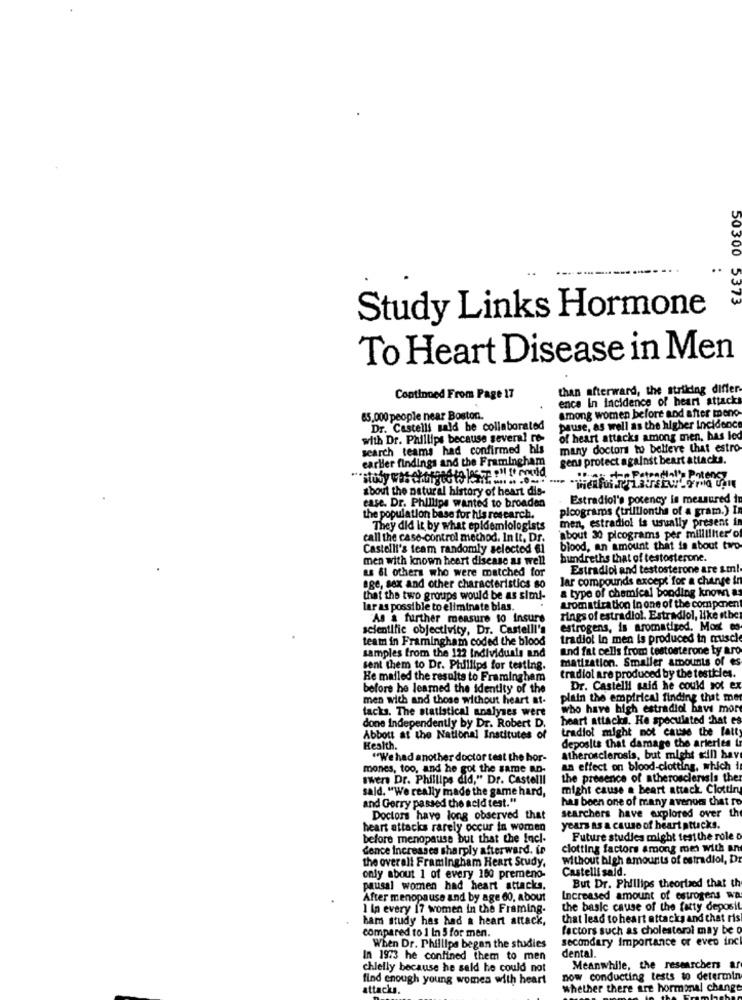
50300 5373
Study Links Hormone
To Heart Disease in Men
than afterward, the striking differ
Continued From Page 17
ence In incidence of heart attack
Among women before and after meno-
65,000 people near Boston.
Dr. Castelli said he collaborated
pause, as well as the higher Incidence
with Dr. Phillips because several re-
of heart attacks among men, has led
search teams had confirmed bils
many doctors to believe that estro-
earlier findings and the Framingham
gens protect against beart attacks.
Poten
about the natural history of heart dis-
ease. Dr. Phillips wanted to broaden
Estradiol's potency is measured
ploograms (trillionths of a gram.) I
the population base for his research.
men, estradiol is usually present in
They did it by what epidemiologists
call the case-control method. In It, Dr.
about 30 picograms per milliliter of
Castelli's team randomly selected 6]
blood, an amount that is about two
men with known heart disease as well
bundreths that of testosterone.
as 61 others who were matched for
Estradiol and testosterone are sml
age, sex and other characteristics so
lar compounds except for a change in
& type of chemical bonding known as
that the two groups would be as simi-
aromatiration in one of the component
lar as possible to eliminate blas.
As a further measure to Insure
rings of estradiol. Estradiol, like other
scientific objectivity, Dr. Castelli's
estrogens, is aromatiged, Most es
team in Framingham coded the blood
tradiol In men is produced in muscle
samples from the 122 Individuals and
and fat cells from testosterone ty aro
matization. Smaller amounts of es
sent them to Dr. Phillips for testing.
He mailed the results to Framingham
tradiol are produced by the testicles.
before he learned the identity of the
Dr. Castelli said he could sot ex
men with and those without heart at-
plain the empirical finding that mer
tacks. The statistical analyses were
who have high estradiol have more
heart attacks. He speculated Chat es
done independently by Dr. Robert D.
tradiol might not cause the fatty
Abbott at the National Institutes of
Health.
deposits that damage the arteries L
"We had another doctor test the hor-
atherosclerosis, but mieht will have
mones, too, and he got the same no-
an effect on blood-clotting, which i
swers Dr. Phillips did," Dr. Castelli
the presence of atherosclerisla ther
sald. "We really made the game hard,
might cause a heart attack Clotting
and Gerry passed the acid test."
has been one of many avenom that ro
Doctors have long observed that
searchers have explored over the
heart attacks rarely occur in women
years as a cause of heart attacks.
before menopause but that the Incl.
Future studies might test the role o
Cence Increases sharply afterward. in
clotting factors among men with an
the overall Framingham Heart Study.
without high amounts of estradiol, D
Castelli said.
only about 1 of every 160 premeno-
But Dr. Phillips theorized that th
pausal women had heart attacks.
After menopause and by age 60, about
Increased amount of estrogens wa
1 In every 17 women in the Framing.
the basic cause of the fatty deposit
ham study has had a heart attack,
that lead to heart attacks and that ris
compared to 1 In 5 for men.
factors such as cholesterol may be o
secondary Importance or even inc
When Dr. Phillips began the studies
dental.
In 1973 he confined them to men
chlelly because he said he could not
Meanwhile, the researchers ar
find enough young womes with heart
now conducting tests to determin
attacks.
whether there are hormonal change